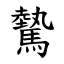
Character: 驇